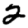
Digit: 2